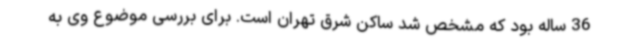
36 ساله بود که مشخص شد ساکن شرق تهران است. برای بررسی موضوع وی به